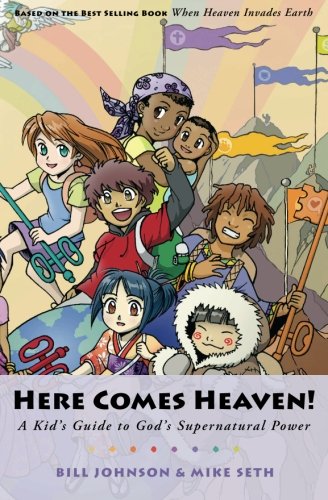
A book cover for Here Comes Heaven!: A Kid's Guide to God's Supernatural Power; Mike Seth; Christian Books & Bibles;